Madras plague regulations in force outside the Presidency town - Volume 1
Disease focus: Plague
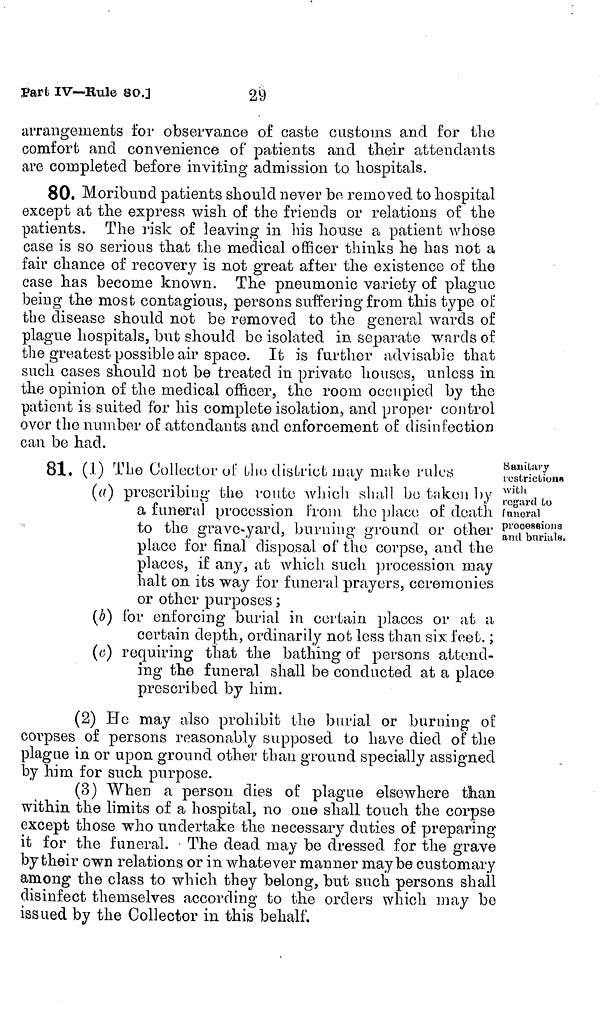
29
Part IV—Bule 80.]
arrangements for observance of caste customs and for the
comfort and convenience of patients and their attendants
are completed before inviting admission to hospitals.
80. Moribund patients should never be removed to hospital
except at the express wish of the friends or relations of the
patients. The risk of leaving in his house a patient whose
case is so serious that the medical officer thinks he has not a
fair chance of recovery is not great after the existence of the
case has become known. The pneumonic variety of plague
being the most contagious, persons suffering from this type of
the disease should not be removed to the general wards of
plague hospitals, but should bo isolated in separate wards of
the greatest possible air space. It is further advisable that
such cases should not be treated in private houses, unless in
the opinion of the medical officer, the room occupied by the
patient is suited for his complete isolation, and proper control
over the number of attendants and enforcement of disinfection
can be had.
sanitary
restriction«
with
regard Lo
faneral
processions
and burials.
81. (I) The Collector of the district may make
rule
(a) prescribing the route which shall bo taken by
a funeral procession from tho place of death
to the grave-yard, burning ground or other
place for final disposal of tho corpse, and the
places, if any, at which such procession may
halt on its way for funeral prayers, ceremonies
or other purposes ;
(b) for enforcing burial in certain places or at a
certain depth, ordinarily not less than six feet. ;
(c) requiring that the bathing of persons attend-
ing the funeral shall be conducted at a place
prescribed by him.
(2) He may also prohibit the burial or burning of
corpses of persons reasonably supposed to have died of the
plague in or upon ground other than ground specially assigned
by him for such purpose.
(3) When a person dies of plague elsewhere than
within the limits of a hospital, no one shall touch the corpse
except those who undertake the necessary duties of preparing
it for the funeral. • The dead may be dressed for the grave
by their own relations or in whatever manner maybe customary
among the class to which they belong, but such persons shall
disinfect themselves according to the orders which may be
issued by the Collector in this behalf.